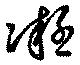
凝